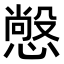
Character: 𭞲